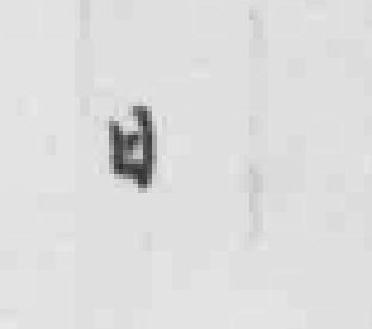
日